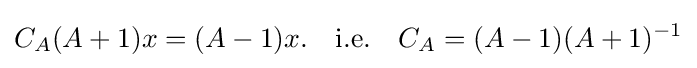
C_{A}(A+1)x=(A-1)x.\quad {\mbox{i.e.}}\quad C_{A}=(A-1)(A+1)^{-1}